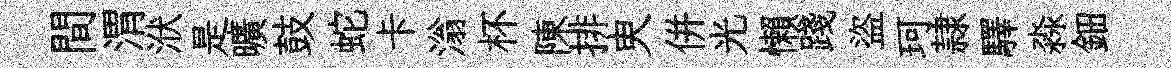
間渭洑是曠鼓蛇卡滃杯陳排㬰併光懶踐盜珂隷驛淼鈿